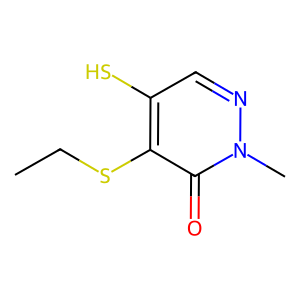
SMILES: CCSc1c(S)cnn(C)c1=O
Inhibits HIV replication: Yes